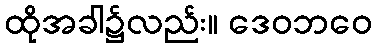
ထိုအခါ၌လည်း။ ဒေဝဘဝေ